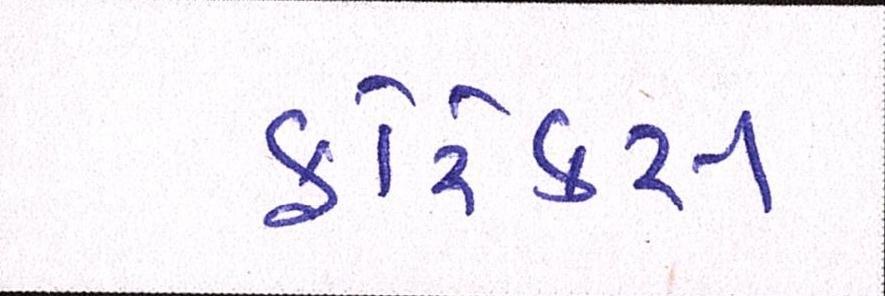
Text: ફોરેક્સ